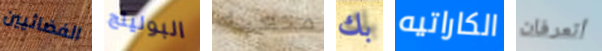
الفضائيين البولينج متعبه بك الكاراتيه أتعرفان